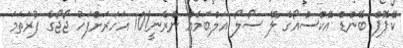
ކޭޕޮޕް ބޭންޑް އޭކްސްއޯގެ ލޭ ސޯލޯ އަލްބަމެއް ނެރެނީ!10 އަަަހަރަށްފަހު ޖޯޖޯގެ ފުރަތަމަ